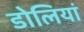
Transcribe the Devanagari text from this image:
डोलियां